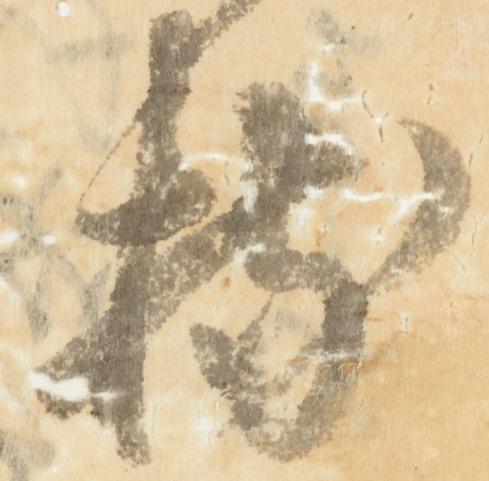
持